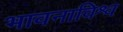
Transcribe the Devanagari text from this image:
भावनाविश्व